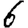
Digit: 6